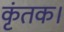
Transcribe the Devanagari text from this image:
कृंतक।